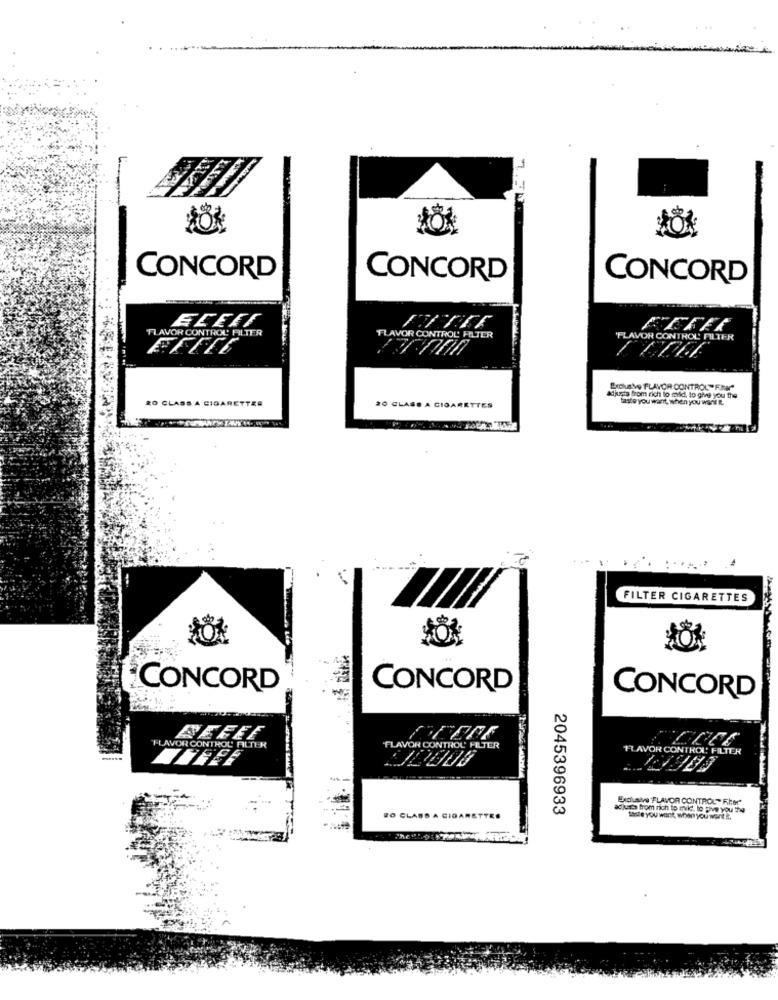
CONCORD
CONCORD
CONCORD
ELEEF
FLAVOR CONTROL FILTER
FLAVOR CONTROL' FILTER
FLAVOR CONTROL TUTER
Brouste FLAVOR CONTROL" FIN*
RO CLASS A CIGARETTEE
20 CLASS A CIGARETTES
kijucha from rich lo mild, to give you the
taste you warit, when you want E.
FILTER CIGARETTES
CONCORD
CONCORD
CONCORD
FLAVOR CONTROL' FILTER
"FLAVOR CONTROL' FILTER
FLAVOR CONTROL; FILTER
79
Exclusive FLAVOR CONTROL" FI:er
2045396933
achats from nich to mile. to Five You T4
RO CLABS A CIGARETTES
male you want, when you want &.